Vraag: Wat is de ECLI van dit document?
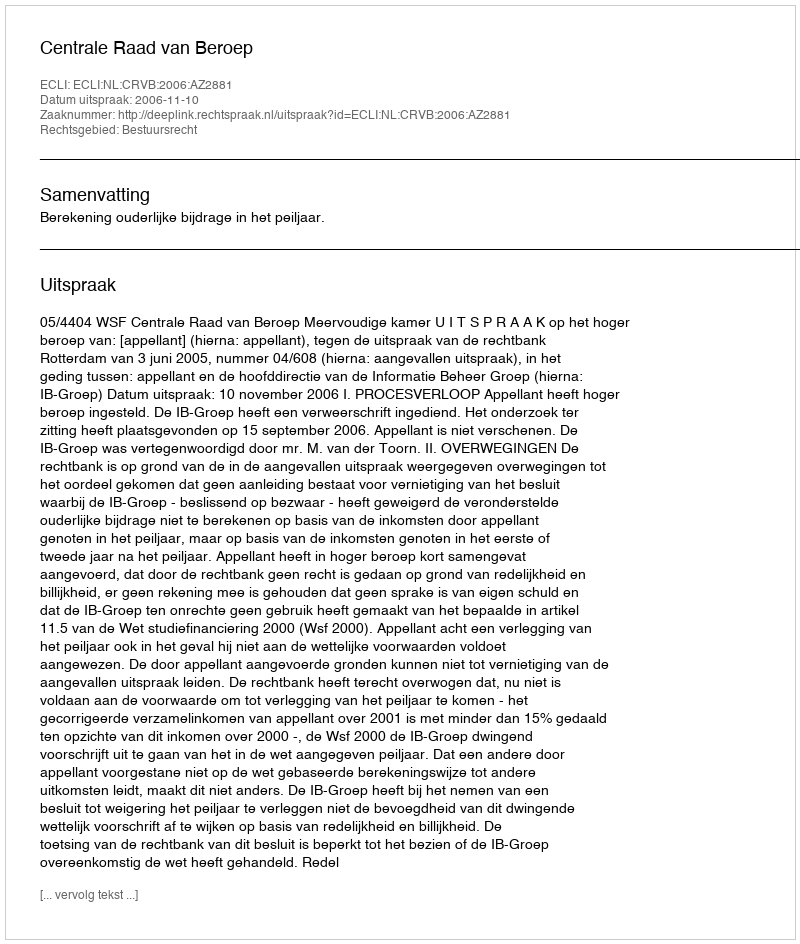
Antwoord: ECLI:NL:CRVB:2006:AZ2881